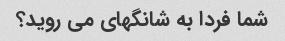
شما فردا به شانگهای می روید؟